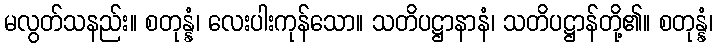
မလွတ်သနည်း။ စတုန္နံ၊ လေးပါးကုန်သော။ သတိပဋ္ဌာနာနံ၊ သတိပဋ္ဌာန်တို့၏။ စတုန္နံ၊